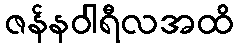
ဇန်နဝါရီလအထိ